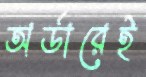
অর্ডারেই